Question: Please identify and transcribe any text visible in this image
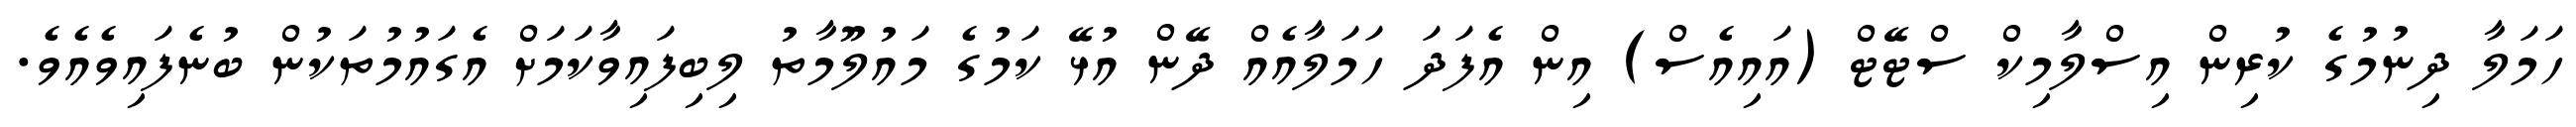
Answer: ހަމަލާ ދިނުމުގެ ކުރިން އިސްލާމިކް ސްޓޭޓް (އައިއެސް) އިން އެފަދަ ހަމަލާއެއް ދޭން އުޅޭ ކަމުގެ މައުލޫމާތު ލިބިފައިވާކަމަށް އެގައުމުތަކުން ބުނެފައިވެއެވެ.